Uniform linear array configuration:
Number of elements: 4
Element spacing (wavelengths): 0.25
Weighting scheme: hann
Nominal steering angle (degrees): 60
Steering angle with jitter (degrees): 61.29
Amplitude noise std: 0.05
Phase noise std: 0.05

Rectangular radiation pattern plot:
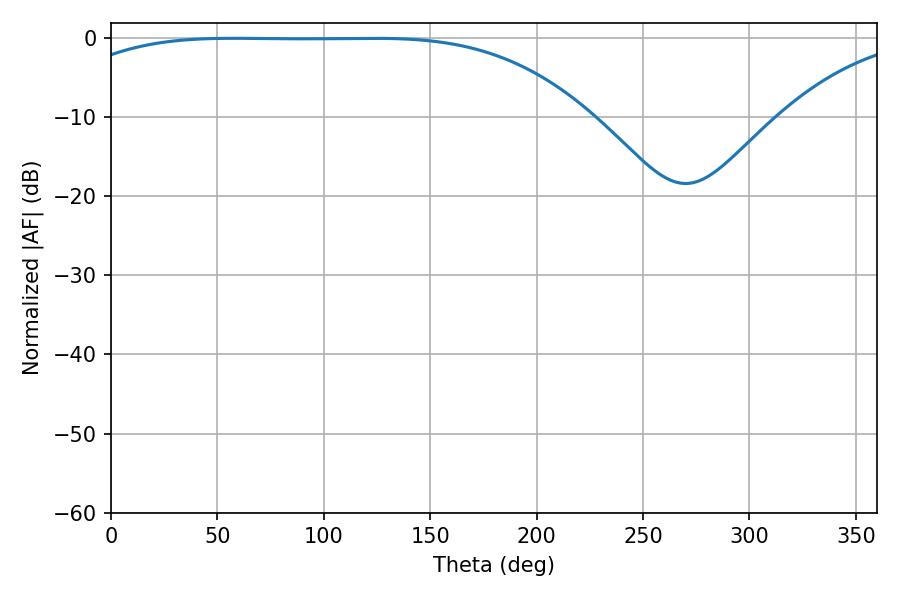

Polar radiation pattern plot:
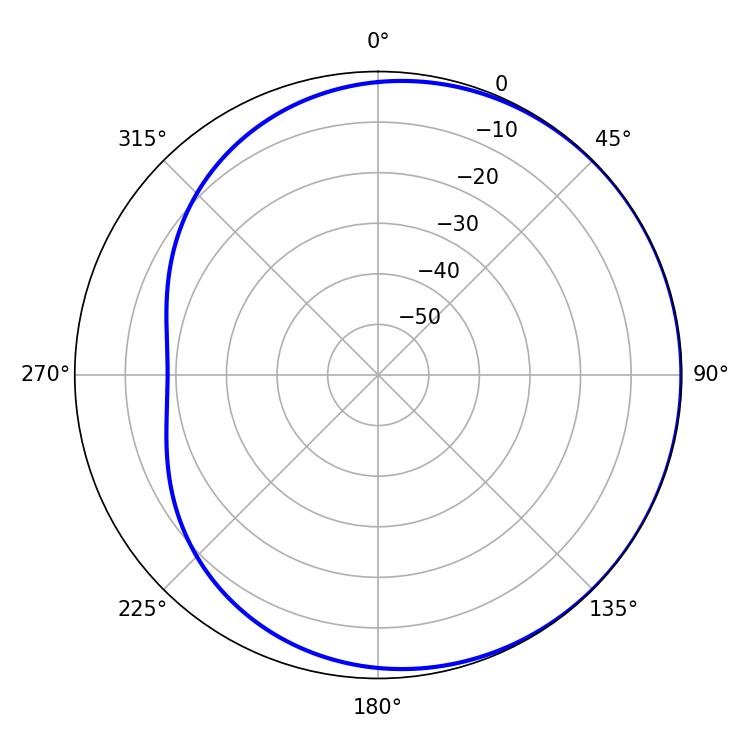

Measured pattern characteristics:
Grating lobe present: FALSE
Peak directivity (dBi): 0.6326
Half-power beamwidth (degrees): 188.82
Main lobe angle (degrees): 57.78